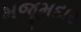
મજૂમદાર